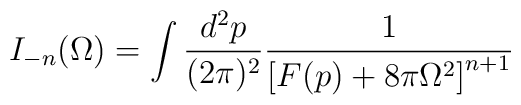
I_{-n}(\Omega)=\int\frac{d^2p}{(2\pi)^2}\frac{1}{\left[F(p) +8\pi\Omega^2\right]^{n+1}}